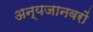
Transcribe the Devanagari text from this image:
अन्यजानवरों